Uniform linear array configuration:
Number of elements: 8
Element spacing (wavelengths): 0.75
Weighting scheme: hamming
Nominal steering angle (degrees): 60
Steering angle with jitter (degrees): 60.802
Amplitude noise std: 0.05
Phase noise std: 0.05

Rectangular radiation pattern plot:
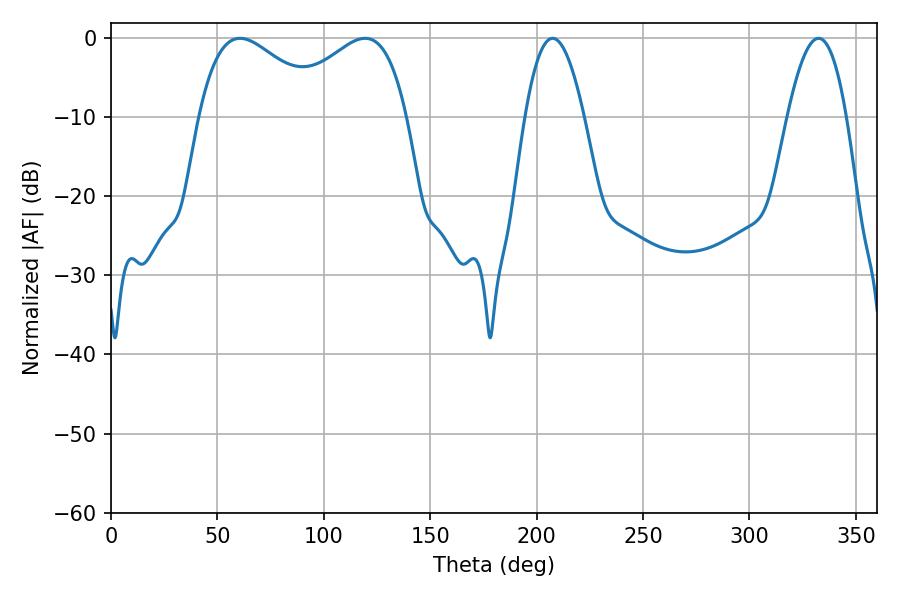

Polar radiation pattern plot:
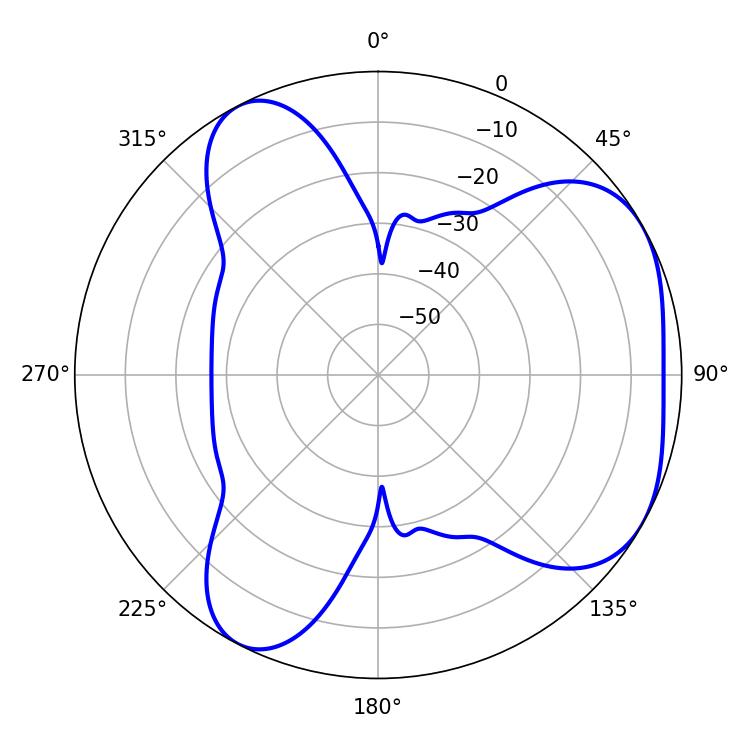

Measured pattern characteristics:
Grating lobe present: TRUE
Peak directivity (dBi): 4.439
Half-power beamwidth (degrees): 15.3
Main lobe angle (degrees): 207.54